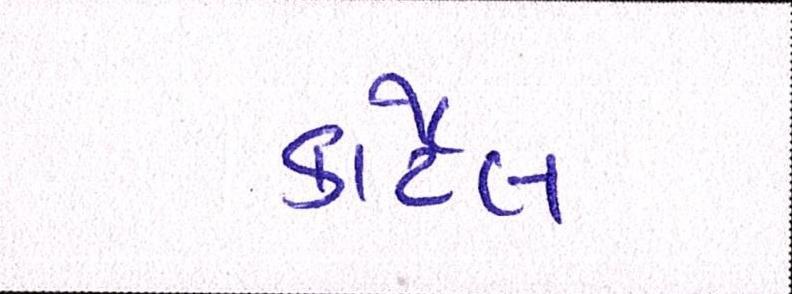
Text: કાર્ટેલ